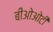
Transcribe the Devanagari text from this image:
बीओओटी